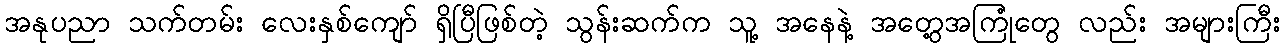
အနုပညာ သက်တမ်း လေးနှစ်ကျော် ရှိပြီဖြစ်တဲ့ သွန်းဆက်က သူ့ အနေနဲ့ အတွေ့အကြုံတွေ လည်း အများကြီး